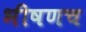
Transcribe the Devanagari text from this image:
भीषणच